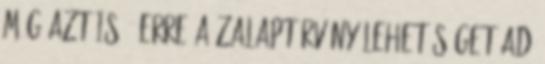
még azt is – erre a zalaptörvény lehetőséget ad